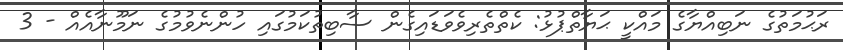
ރަޙުމަތުގެ ނަބިއްޔާގެ މައްކީ ޙަޔާތްޕުޅު: ކެތްތެރިވެވަޑައިގެން ސާބިތުކަމުގައި ހުންނެވުމުގެ ނަމޫނާއެއް - 3